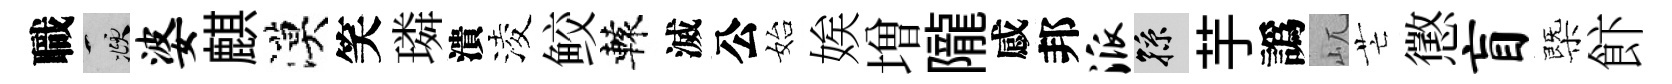
職頫婆麒漠笑璘潰淩鲛轅滅公始娭増隴感邦派孫芋譌屼芒懲盲㮣飰